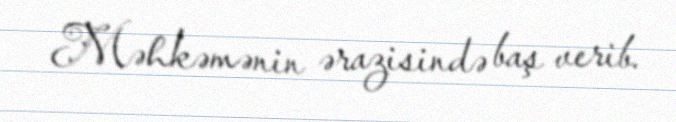
Məhkəmənin ərazisində baş verib.